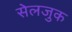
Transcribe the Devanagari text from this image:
सेलजुक